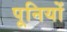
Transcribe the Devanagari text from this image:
पूनियों